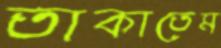
তাকাতেম